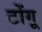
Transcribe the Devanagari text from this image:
टोंगू